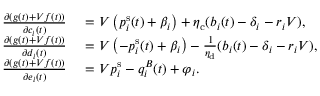
\begin{array} { r l } { \frac { \partial ( g ( t ) + V f ( t ) ) } { \partial c _ { i } ( t ) } ~ } & { = V \left( p _ { i } ^ { \mathrm { s } } ( t ) + \beta _ { i } \right) + \eta _ { \mathrm { c } } ( b _ { i } ( t ) - \delta _ { i } - r _ { i } V ) , } \\ { \frac { \partial ( g ( t ) + V f ( t ) ) } { \partial d _ { i } ( t ) } ~ } & { = V \left( - p _ { i } ^ { \mathrm { s } } ( t ) + \beta _ { i } \right) - \frac { 1 } { \eta _ { \mathrm { d } } } ( b _ { i } ( t ) - \delta _ { i } - r _ { i } V ) , } \\ { \frac { \partial ( g ( t ) + V f ( t ) ) } { \partial e _ { i } ( t ) } ~ } & { = V p _ { i } ^ { \mathrm { s } } - q _ { i } ^ { B } ( t ) + \varphi _ { i } . } \end{array}